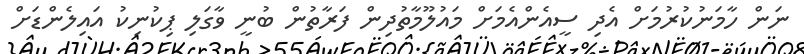
ނަން ހާމަނުކުރުމަށް އެދި ސީއެންއެމަށް މައުލޫމާތުދިން ފަރާތުން ބުނީ ވާގަލި ޕިކުނިކު އައިލެންޑަށް